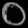
Digit: ၀